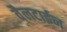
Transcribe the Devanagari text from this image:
वैलटाईन